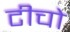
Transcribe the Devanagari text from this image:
टीचो